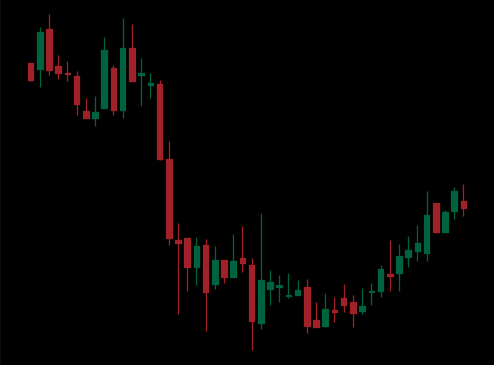
Pattern: bull_flag